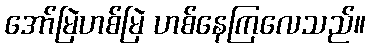
အော်မြဲဟစ်မြဲ ဟစ်နေကြလေသည်။